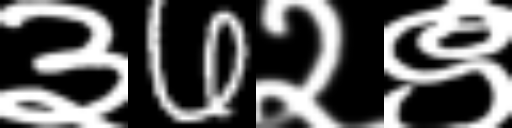
Text: ३6२९